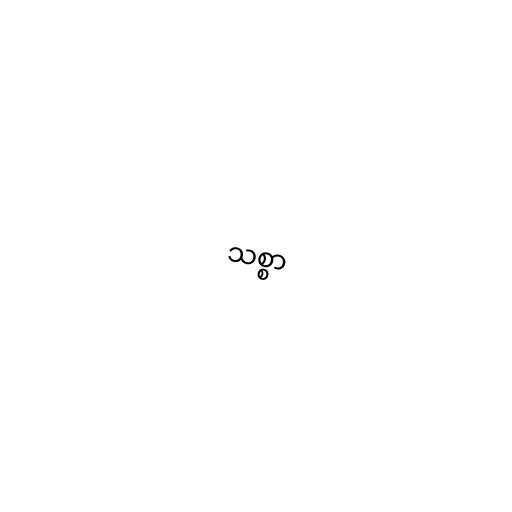
သစ္စာ